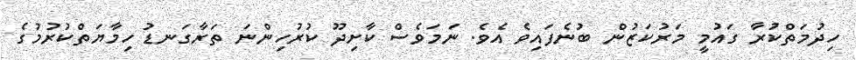
ހިދުމަތްކުރާ ގައުމީ މަރުކަޒުން ބުނެފައިވެ އެވެ. ނަމަވެސް ކާށިދޫ ކުރުހިންނަ ތަރާގަނޑު ހިމާޔަތްކުރުމުގެ